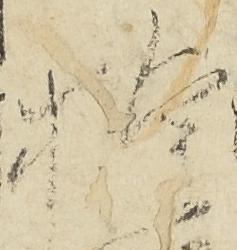
権